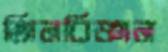
জিনবিজ্ঞান